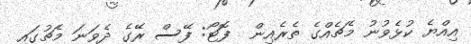
އިއްޔެ ކުޅެވުނު މެޗެއްގެ ތެރެއިން  ފޮޓޯ: ފޭސް ރޭގެ ދެވަނަ މެޗުގައި